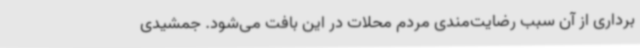
برداری از آن سبب رضایت‌مندی مردم محلات در این بافت می‌شود. جمشیدی